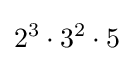
2^{3}\cdot 3^{2}\cdot 5